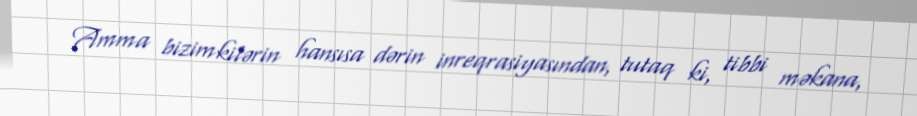
Amma bizimkilərin hansısa dərin inreqrasiyasından, tutaq ki, tibbi məkana,